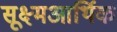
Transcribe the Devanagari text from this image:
सूक्ष्मआर्थिक